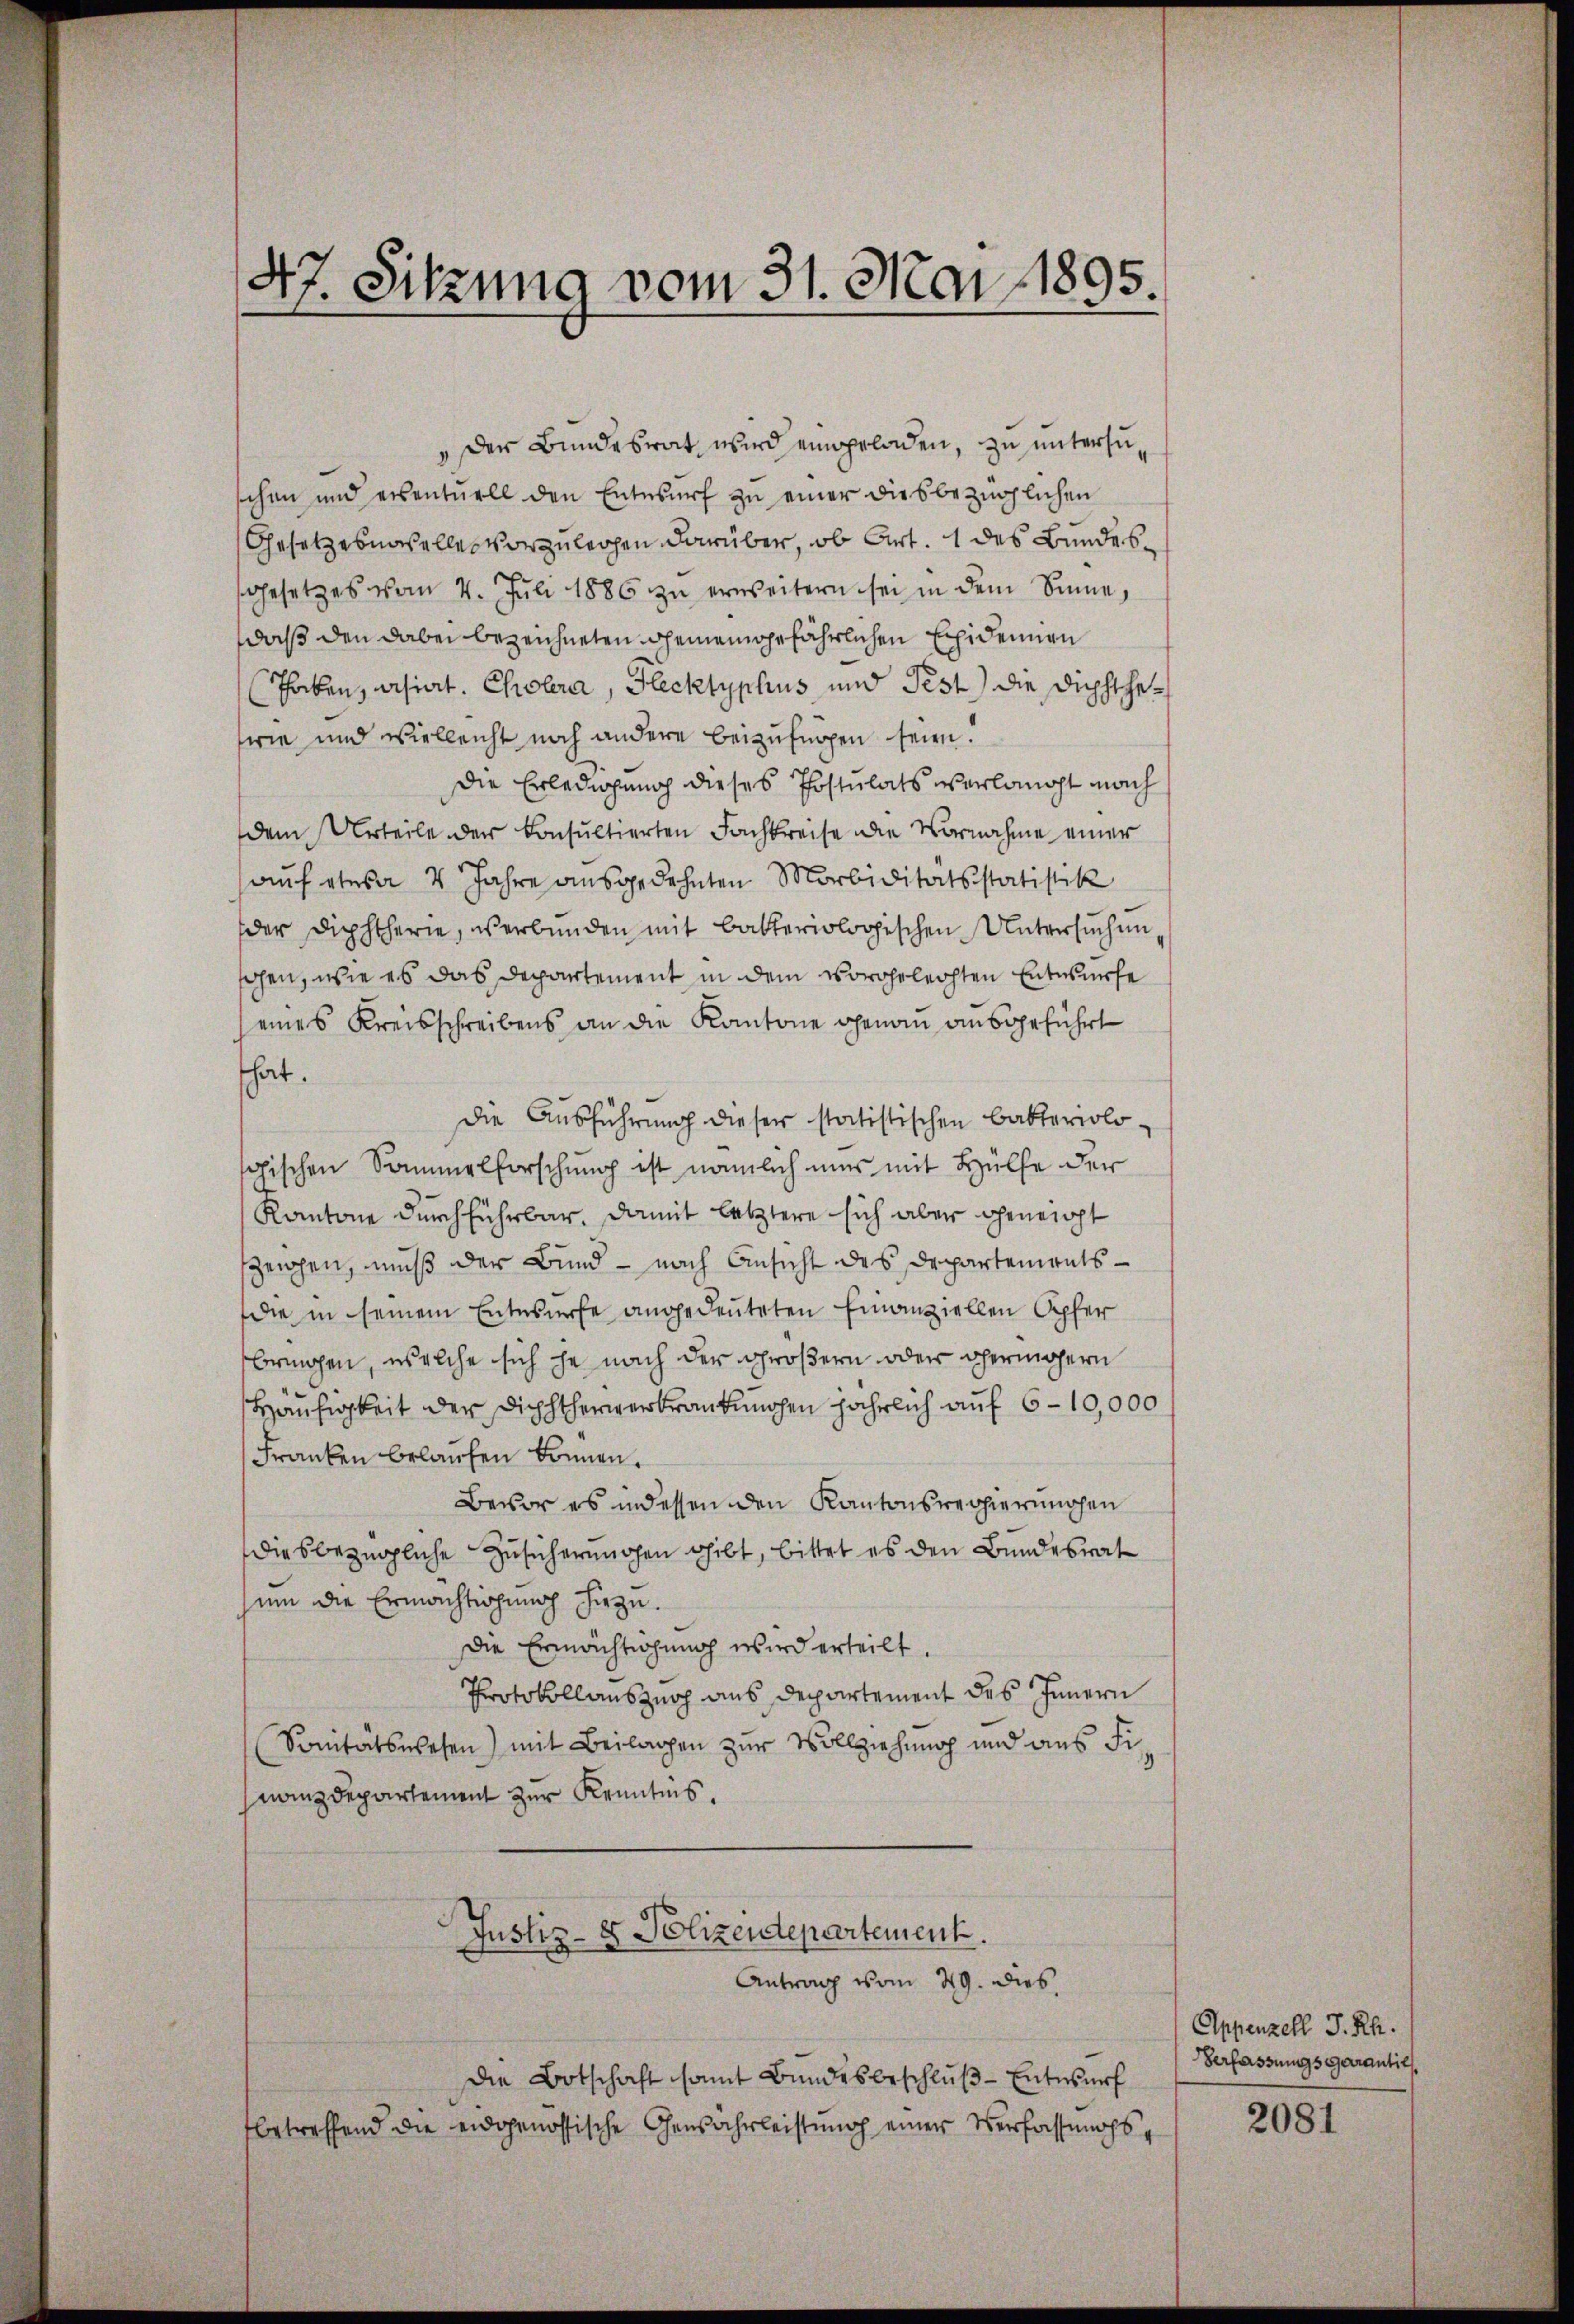
" Der Bundesrat wird eingeladen, zu untersuschen und eventuell den Entwurf zu einer diesbezüglichen
Gesetzesnaselles vorzuleihen darüber, ob Art. 1 des Bundes¬
Gesetzes vom 4. Juli 1886 zŭ erweitern sei in dem Sinne,
daß den dabei bezeichneten Gemeingefährlichen Exidennen
Thaben, asiat. Cholera, Hecktyphus, und Pest) die Dichtheswie und vielleicht noch andere beizufügen seien.
Die Erledigung dieses Postulats verlangt nach
dem Urteile der Konsultierten Fachkreise die Vornahme einer
auf etwa 4 Jahre ausgedehnten Murbiditätsstatistik
der Diphtherie, verbunden mit bakteriologischen Untersuchen
sahen, wie es das Departement in dem vorgelechten Entwurfe
eines Kreisschreibens an die Kantone genau ausgeführt
hat.
Die Ausführung dieser statistischen Bakteriolo-
gischen Sammelforschung ist nämlich uns mit Hülfe der
Kantone durchführbar. Damit letztere sich aber geneigt
szeichen, muß der Bund - nach Ansicht des Departementsdie in seinem Entwurfe angedeuteten Finanziellen Opfer
bringen, welche sich je nach der größern oder vermöhern
Häufigkeit der Dichtherwerkrankungen jährlich auf 6 - 10,000
Franken belaufen können.
Bevor es indessen den Kantonsregierungen
diesbezügliche Zusicherungen gibt, bittet es den Bundesrat
sum die Ermächtigung hiezu.
Die Ermächtigung wird erteilt.
Protokollauszug aus Departement des Innern
Sonitätswesen) mit Beilagen zur Vollziehung und aus Finanzdepartement zur Kenntnis.
Justiz- & Polizendepartement.
Antrag vom 29. dies
Die Botschaft samt Bundesbeschluß - Entwurf
betreffend die eidgenössische Gewährleistung einer Verfassungs¬

47. Sitzung vom 31. Mai 1895.

Appenzell P. Rh.
Verfassungs Garantie

2081